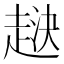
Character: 𧻯